Annual report on the mental hospital in the Central Provinces and Berar (Nagpur) - 1927-1951
Year: 1927
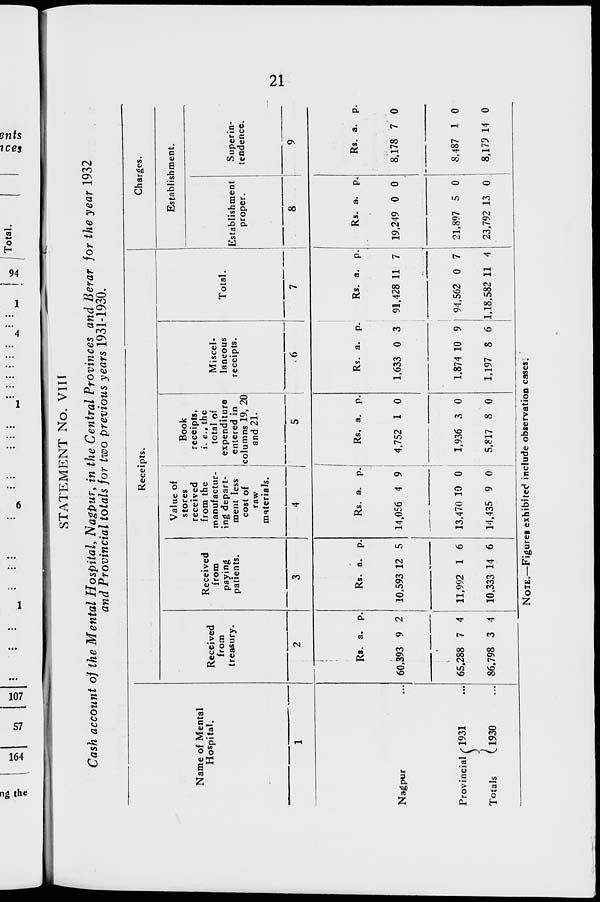
21
STATEMENT No. VIII
Cash account of the Mental Hospital, Nagpur, in the Central Provinces and Berar for the year 1932
and Provincial totals for two previous years 1931-1930.
Name of Mental
Hospital.
1
Nagpur ...
Provincial
Totals
1931 ...
1930 ...
Receipts.
Received
from
treasury.
2
Rs.
60,393
65,288
86,798
a.
9
7
3
p.
2
4
4
Received
from
paying
patients.
3
Rs.
10,593
11,992
10,333
a.
12
1
14
p.
5
6
6
Value of
stores
received
from the
manufactur-
ing depart-
ment less
cost of
raw
materials.
4
Rs.
14,056
13,470
14,435
a.
4
10
9
p.
9
0
0
Book
receipts,
i. e., the
total of
expenditure
entered in
columns 19, 20
and 21.
5
Rs.
4,752
1,936
5,817
a.
1
3
8
p.
0
0
0
Miscel-
laneous
receipts.
6
Rs.
1,633
1,874
1,197
a.
0
10
8
p.
3
9
Total.
7
Rs.
91,428
94,562
6 1,18,582
a.
11
0
11
p.
7
7
4
Charges.
Establishment.
Establishment
proper.
8
Rs.
19,249
21,897
23,792
a.
0
5
13
p.
0
0
0
Superin-
tendence.
9
Rs.
8,178
8,487
8,179
a.
7
1
14
p.
0
0
0
NOTE.—Figures exhibited include observation cases.